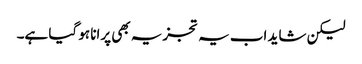
لیکن شاید اب یہ تجزیہ بھی پرانا ہو گیا ہے۔